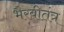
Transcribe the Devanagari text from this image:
भैरवीतंत्र